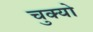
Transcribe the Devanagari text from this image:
चुक्यो